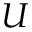
U